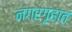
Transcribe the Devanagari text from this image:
नगरगृहात